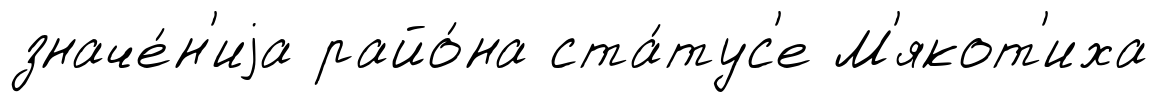
значе́н'иjа райо́на ста́тус'е М'якот'иха